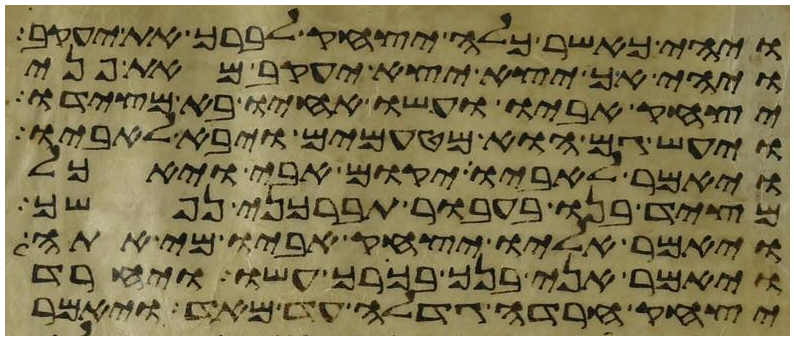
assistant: ויהי כאשר כלה יצחק לברך את יעקב
ויהי אך יצא יצא יעקב מאת פני
יצחק אביו ועשו אחיו בא מצידו
ויעש גם הוא מטעמים ויבא לאביו
ויאמר לאביו יקום אבי ויאכל
מציד בנו בעבור תברכני נפשך
ויאמר אליו יצחק אביו מי אתה
ויאמר אני בנך בכרך עשו ויחרד
יצחק חרדה גדלה עד מאד ויאמר